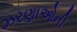
ઝરણાઓની